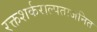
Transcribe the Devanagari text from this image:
रक्तशर्कराल्पताजनित